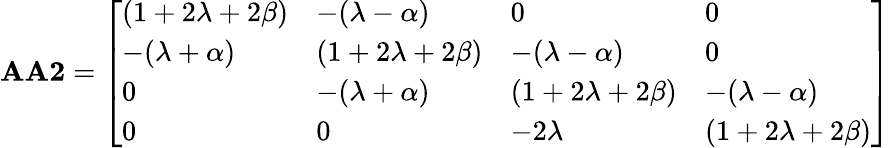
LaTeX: \mathbf{AA2}={\left[\begin{array}{llll}{(1+2\lambda+2\beta)}&{-(\lambda-\alpha)}&{0}&{0}\\ {-(\lambda+\alpha)}&{(1+2\lambda+2\beta)}&{-(\lambda-\alpha)}&{0}\\ {0}&{-(\lambda+\alpha)}&{(1+2\lambda+2\beta)}&{-(\lambda-\alpha)}\\ {0}&{0}&{-2\lambda}&{(1+2\lambda+2\beta)}\end{array}\right]}